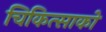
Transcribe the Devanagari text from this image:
चिकित्‍साको